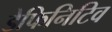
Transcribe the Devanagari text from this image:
डेफिनिटिव